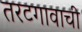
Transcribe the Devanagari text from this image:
तरटगावाची